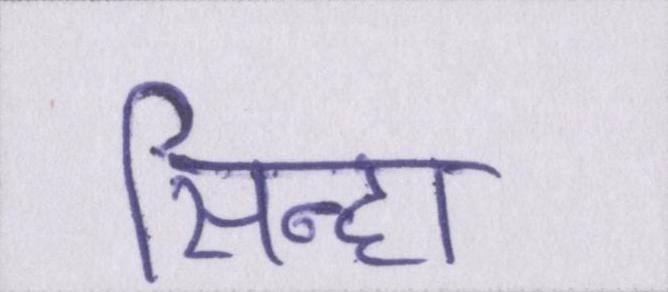
सिन्हा